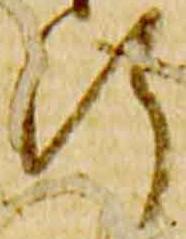
行